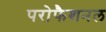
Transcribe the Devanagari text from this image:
परोफैशनल